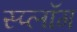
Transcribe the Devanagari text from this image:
स्प्लॉग